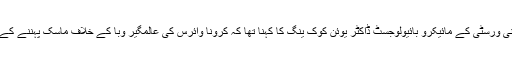
2003ء میں سارس وائرس کے انکشاف میں مدد دینے والے ہانگ کانگ یونی ورسٹی کے مائیکرو بائیولوجسٹ ڈاکٹر یوئن کوک ینگ کا کہنا تھا کہ کرونا وائرس کی عالمگیر وبا کے خلاف ماسک پہننے کے اثرات بہت زیادہ ہیں، اور یہ حالیہ ریسرچ اپنی نوعیت کی پہلی ریسرچ ہے۔